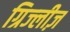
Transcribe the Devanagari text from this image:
ग्रिज्लीज़